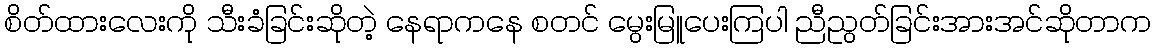
စိတ်ထားလေးကို သီးခံခြင်းဆိုတဲ့ နေရာကနေ စတင် မွေးမြူပေးကြပါ ညီညွတ်ခြင်းအားအင်ဆိုတာက